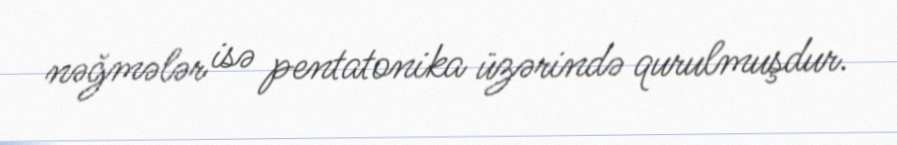
nəğmələr isə pentatonika üzərində qurulmuşdur.